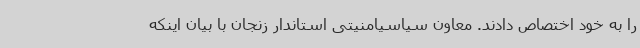
را به خود اختصاص دادند. معاون سیاسیامنیتی استاندار زنجان با بیان اینکه